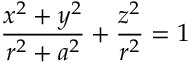
{ \frac { x ^ { 2 } + y ^ { 2 } } { r ^ { 2 } + a ^ { 2 } } } + { \frac { z ^ { 2 } } { r ^ { 2 } } } = 1